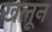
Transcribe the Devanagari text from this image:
खलून